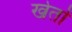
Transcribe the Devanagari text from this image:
खेताें